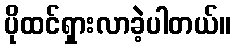
ပိုထင်ရှားလာခဲ့ပါတယ်။